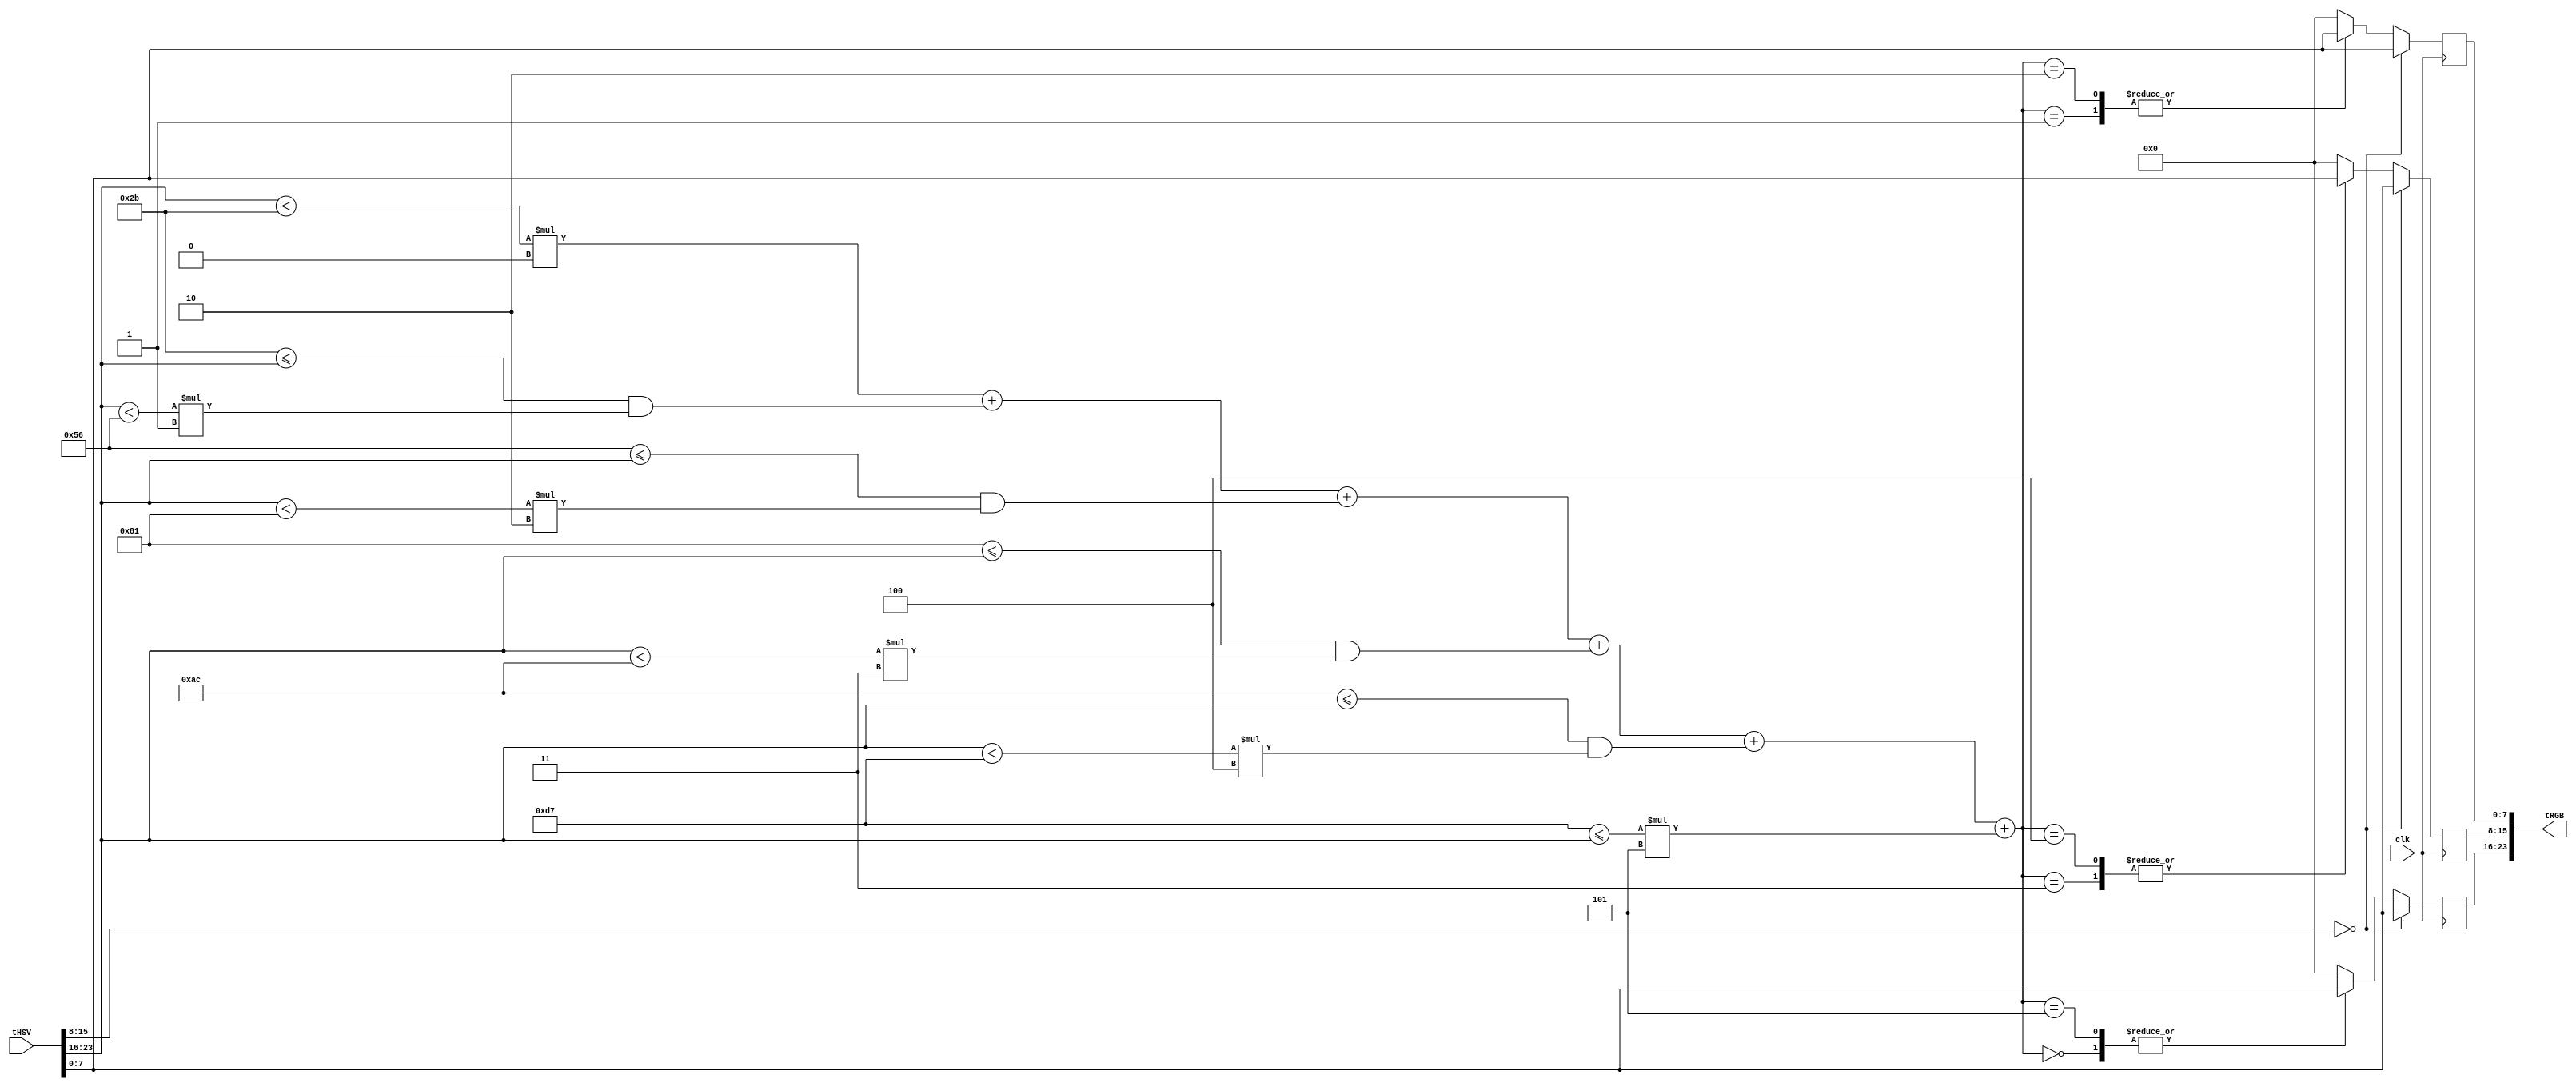
module d_hsv2rgb(
	       input [23:0] tHSV,
	       input 	    clk,
	       output [23:0] tRGB
	       );

   wire [7:0] 		     H,S,V;
   
   assign H=tHSV[23:16];
   assign S = tHSV[15:8];
   assign V = tHSV[7:0];

   // This is a 3-bit binary number
   // specifying which bin H falls into
   wire [2:0] 		     quadNum;
   wire 		     quad1, quad2, quad3, quad4, quad5, quad6;
   

   parameter BIN_W = 43;

   assign quad1 = (H < BIN_W)*0;
   assign quad2 = (BIN_W <= H) & (H < (2*BIN_W))*1;
   assign quad3 = ((2*BIN_W) <= H) & (H < (3*BIN_W))*2;
   assign quad4 = ((3*BIN_W) <= H) & (H < (4*BIN_W))*3;
   assign quad5 = ((4*BIN_W) <= H) & (H < (5*BIN_W))*4;
   assign quad6 = ((5*BIN_W) <= H)*5;

   assign quadNum = quad1 + quad2 + quad3 + quad4 + quad5 + quad6;


   // Note that the quotient is between 0~42 -> 6bit number
   wire [5:0] 		     hFract = H - quadNum * BIN_W;

   wire [7:0] 		     P,Q,T;

   assign P = V * (255-S) << 8;
   // Need to divide by 255*43 ~= 255 * 64 = 2^8 * 2^6 = 2^14
   // Note that 1/43 - 1/64 ~= 0.007, 1/32 - 1/43 ~= -0.007
   // 255 * 0.007 = 0.255 * 7 < 2, so offset of 2 RGB pixel vals
   // And this is linearly proportional 

   assign Q = V * (255*BIN_W - (S*hFract)) << 14; 
   assign T = V * (255*BIN_W - (S*(BIN_W-hFract))) << 14;

   reg [7:0] 		     tR;
   reg [7:0] 		     tG;
   reg [7:0] 		     tB;
	 
   always @(posedge clk) begin
      if(S == 0) begin
	 tR <= V;
	 tG <= V;
	 tB <= V;
      end
      else begin
	 /* Arianas code without the divider */
	 case(quadNum)

	   3'd0: begin
	      tR <= V;
	      tG <= T;
	      tB <= P;
	   end
	   3'd1: begin
	      tR <= Q;
	      tG <= V;
	      tB <= P;
	   end
	   3'd2: begin
	      tR <= P;
	      tG <= V;
	      tB <= T;
	   end
	   3'd3: begin
	      tR <= P;
	      tG <= Q;
	      tB <= V;
	   end
	   3'd4: begin
	      tR <= T;
	      tG <= P;
	      tB <= V;
	   end
	   3'd5: begin
	      tR <= V;
	      tG <= P;
	      tB <= Q;
	   end
	   default: begin
	      tR <= 0;
	      tG <= 0;
	      tB <= 0;
	   end
	 endcase
      end
   end
   assign tRGB = {tR,tB,tG};


endmodule